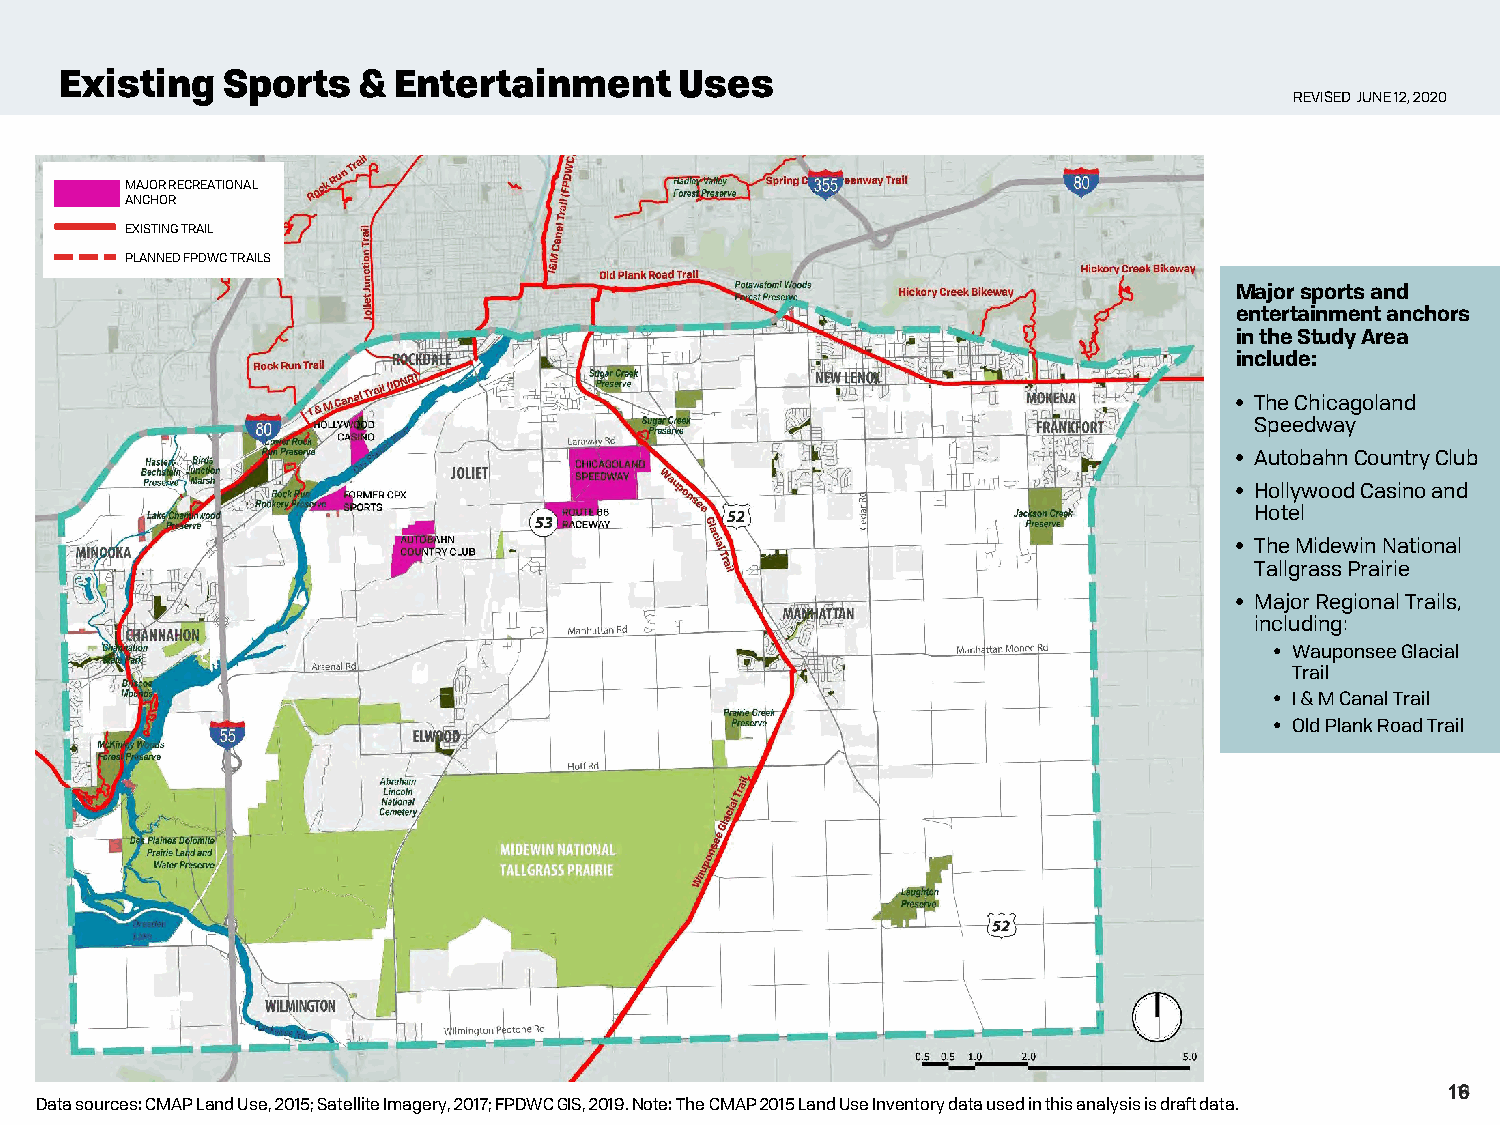
Existing   Sports   & Entertainment      Uses
 REVISED JUNE 12, 2020
 MAJOR RECREATIONAL
 ANCHOR
 EXISTING TRAIL
 PLANNED FPDWC TRAILS
 Major sports and
 entertainment anchors
 in the Study Area
 include:
 • The Chicagoland
 Speedway
 • Autobahn Country Club
 • Hollywood Casino and
 Hotel
 • The MidewinNational
 Tallgrass Prairie
 • Major Regional Trails,
 including:
 • WauponseeGlacial
 Trail
 • I & M Canal Trail
 • Old Plank Road Trail
 1164
 Data sources: CMAP Land Use, 2015; Satellite Imagery, 2017; FPDWC GIS, 2019.Note: The CMAP 2015 Land Use Inventory data used in this analysis is draft data.